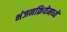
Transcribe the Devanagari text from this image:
भंजनक्रियेमध्ये